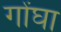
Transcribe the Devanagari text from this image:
गोंघा